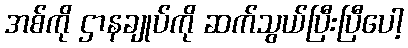
အစ်ကို ဌာနချုပ်ကို ဆက်သွယ်ပြီးပြီပေါ့